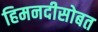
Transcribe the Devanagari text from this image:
हिमनदीसोबत